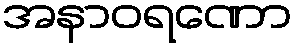
အနာဝရဏော